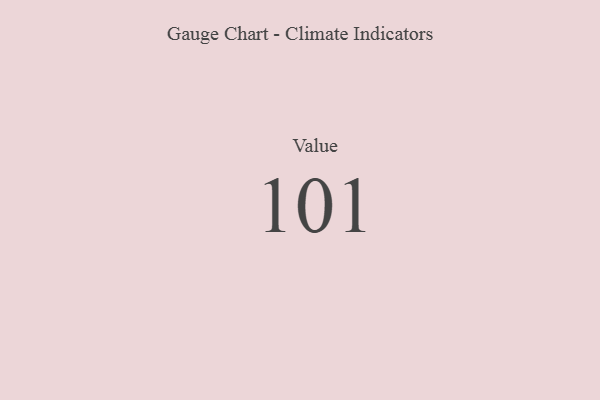
{"axis": {"x": "Metric", "y": "Value"}, "legend": [""], "data": [{"x": "Value", "y": 101, "type": ""}]}